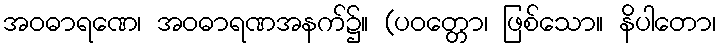
အဝဓာရဏေ၊ အဝဓာရဏအနက်၌။ (ပဝတ္တော၊ ဖြစ်သော။ နိပါတော၊